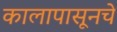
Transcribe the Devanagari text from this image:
कालापासूनचे